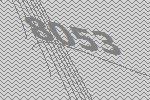
8053